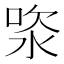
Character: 𣵯